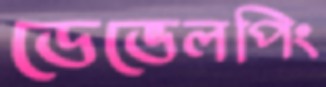
ডেভেলপিং